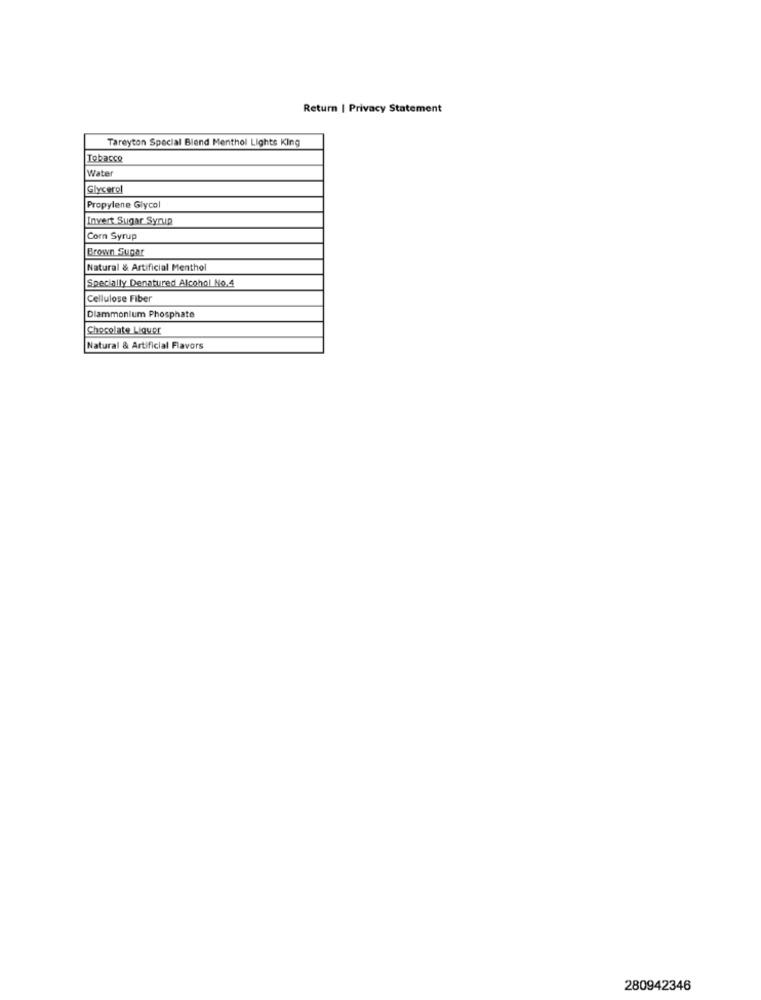
Return | Privacy Statement
Tareyton Special Blend Menthol Lights King
Tobacco
Water
Glycerol
Propylene Glycol
Invert Sugar Syrup
Corn Syrup
Brown Sugar
Natural & Artificial Menthol
Specially Denatured Alcohol No.4
Cellulose Fiber
Dlammonium Phosphate
Chocolate Liquor
Natural & Artificial Flavors
280942346